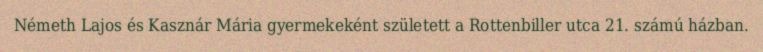
Németh Lajos és Kasznár Mária gyermekeként született a Rottenbiller utca 21. számú házban.